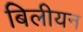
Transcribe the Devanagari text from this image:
बिलीयन